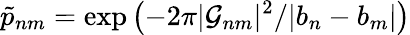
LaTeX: {\tilde{p}}_{nm}=\exp\left(-2\pi|{\cal G}_{nm}|^{2}/|b_{n}-b_{m}|\right)